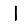
Digit: 1